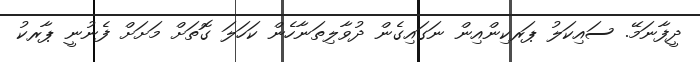
ދީފާނަމޭ. ސައިކަލު ޕަރކިންއިން ނަގައިގެން ދުވާލިތަނާހެން ކަހަލަ ގޮތަށް މަށަށް ފެނުނީ ޕާރކު